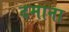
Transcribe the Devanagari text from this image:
दमाना